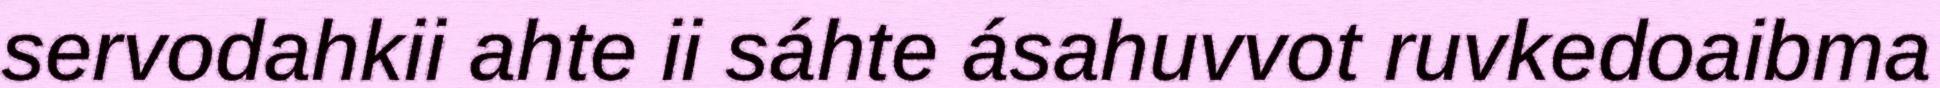
servodahkii ahte ii sáhte ásahuvvot ruvkedoaibma